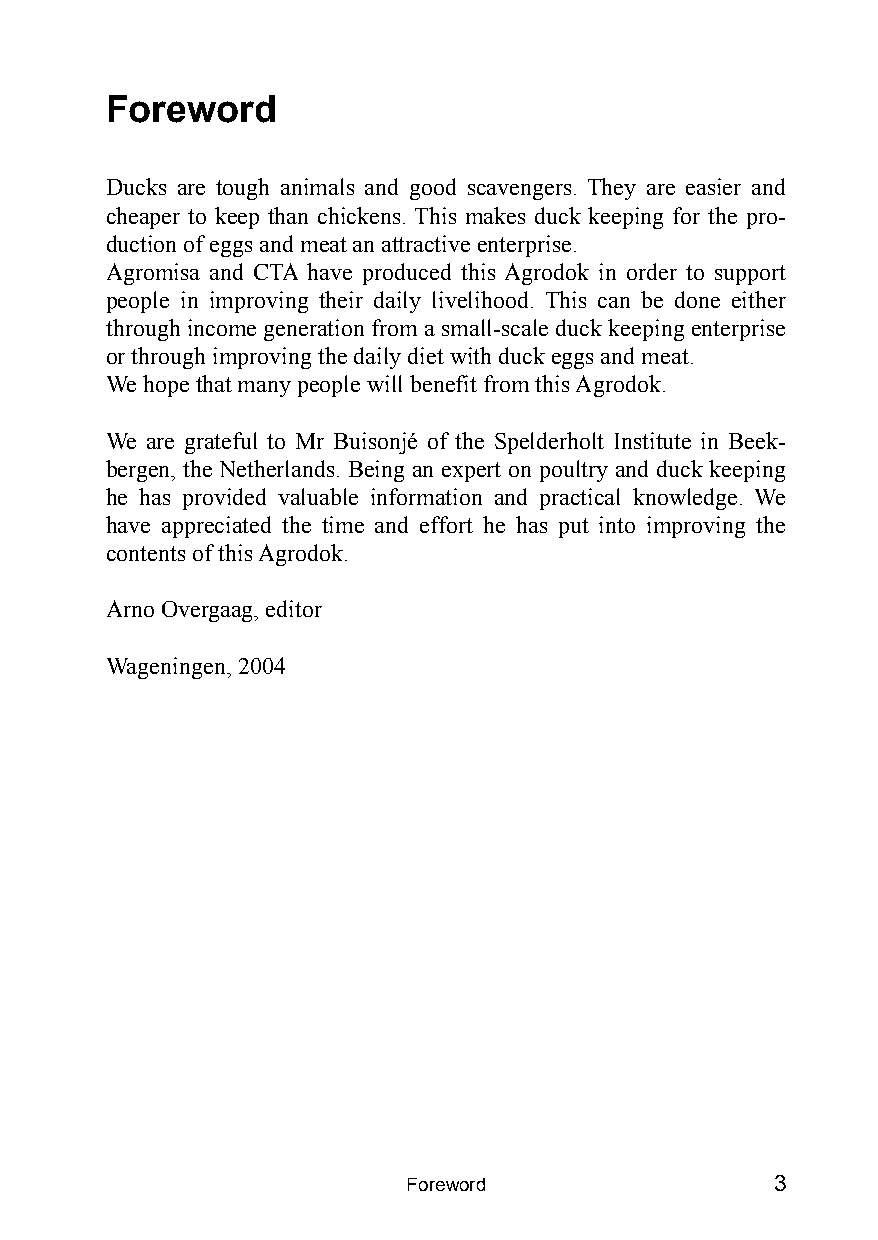
Foreword
 Ducks are tough animals and good scavengers. They are easier and
 cheaper to keep than chickens. This makes duck keeping for the pro-
 duction of eggs and meat an attractive enterprise.
 Agromisa and CTA have produced this Agrodok in order to support
 people in improving their daily livelihood. This can be done either
 through income generation from a small-scale duck keeping enterprise
 or through improving the daily diet with duck eggs and meat.
 We hope that many people will benefit from this Agrodok.
 We are grateful to Mr BuisonjØ of the Spelderholt Institute in Beek-
 bergen, the Netherlands. Being an expert on poultry and duck keeping
 he has provided valuable information and practical knowledge. We
 have appreciated the time and effort he has put into improving the
 contents of this Agrodok.
 Arno Overgaag, editor
 Wageningen, 2004
 Foreword                3